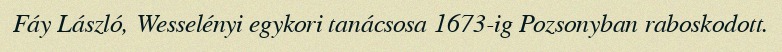
Fáy László, Wesselényi egykori tanácsosa 1673-ig Pozsonyban raboskodott.